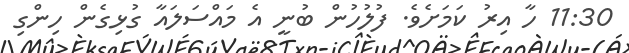
11:30 ހާ އިރު ކަމަށެވެ. ފުލުހުން ބުނީ އެ މައްސަލައާ ގުޅިގެން ހިންގި